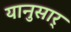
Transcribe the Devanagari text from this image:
यानुसार्